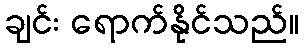
ချင်း ရောက်နိုင်သည်။